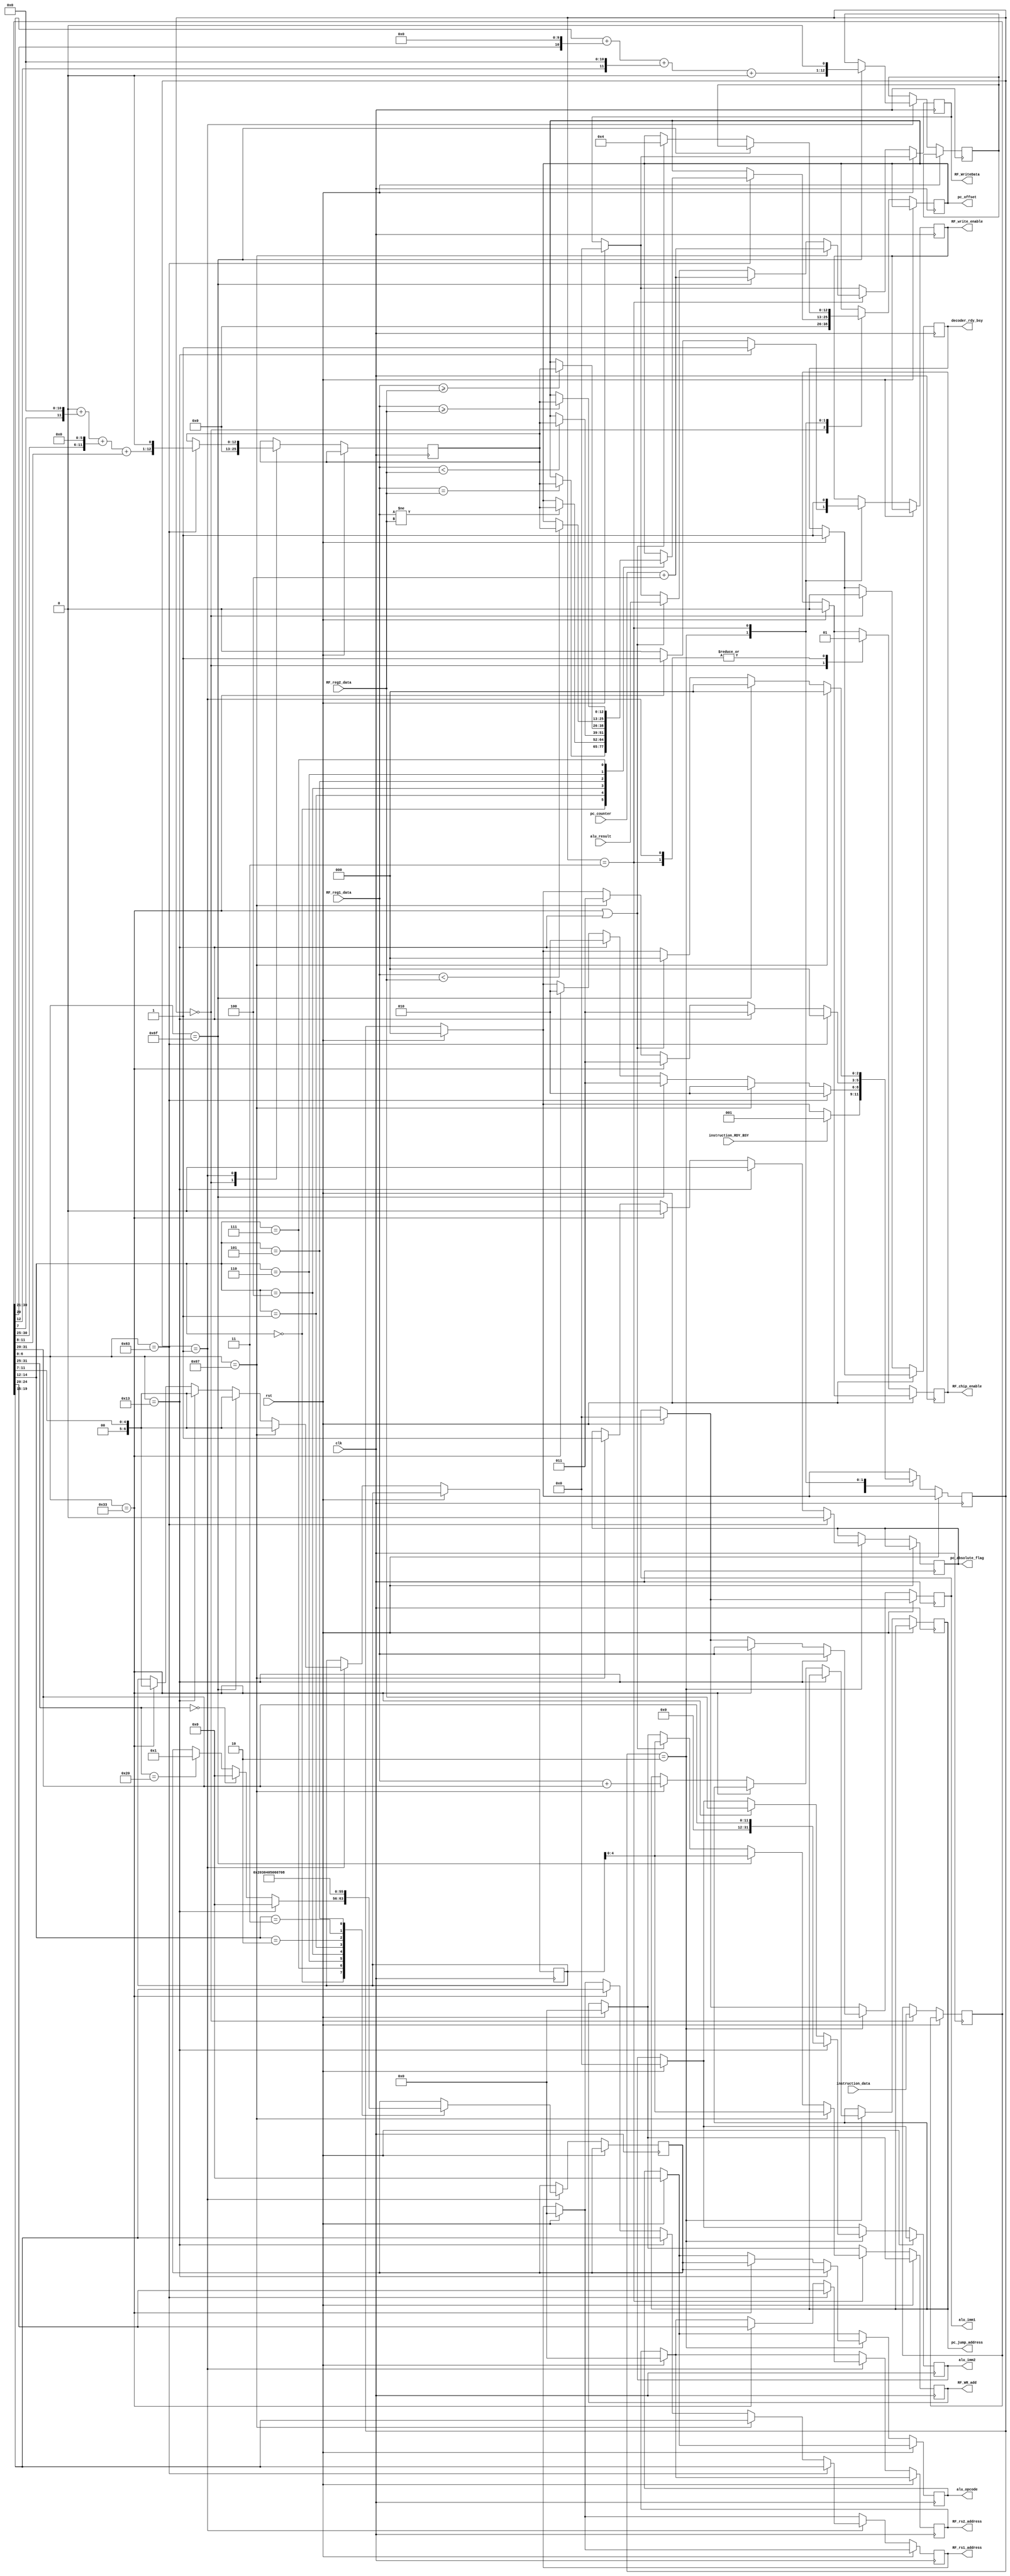
module decode (

    // Clock & Reset 
    input rst, clk,

    // Instructions decoder input-port  
    input [31:0] instruction_data,
    input instruction_RDY_BSY , // 1: Ready , 0:Busy
    output reg decoder_rdy_bsy,
    
    // ALU input-port 
    input [31:0] alu_result,
    output reg [7:0] alu_opcode,
    output reg [31:0] alu_imm1,
    output reg [31:0] alu_imm2,
        
    // REG-FILE
    output reg        RF_chip_enable,
    output reg        RF_write_enable,   // 1: write / 0: Read 
    input [31:0]      RF_reg1_data,
    input [31:0]      RF_reg2_data,   

    output reg [4:0]  RF_rs1_address,
    output reg [4:0]  RF_rs2_address,
    output reg [4:0]  RF_WR_add,
    output reg [31:0] RF_WriteData, 

    //PC
    input [31:0] pc_counter,
    output reg [12:0] pc_offset,
    output reg [31:0] pc_jump_address,
    output reg pc_absolute_flag
);

parameter IDLE_STATE                  = 3'b000;
parameter DECODE_STATE                = 3'b001;
parameter REGFILE_READ_SRC_REGS_STATE = 3'b010;
parameter REGFILE_WRITE              = 3'b011;

reg [2:0] state ;

parameter R_TYPE_OP = 7'b0110011;
parameter I_TYPE_OP = 7'b0010011;
parameter J_TYPE_OP = 7'b1101111;
parameter JALR_TYPE_OP = 7'b1100111;
parameter B_TYPE_OP = 7'b1100011;
parameter S_TYPE_OP = 7'b0100011;
parameter L_TYPE_OP = 7'b0000011;


parameter ADD = 3'b000;  //ADD performs the addition of rs1 and rs2. Overflows are ignored and the low XLEN bits of results are written to rd.
parameter SUB = 3'b000; //SUB performs the subtraction of rs1 and rs2. Overflows are ignored and the low XLEN bits of results are written to rd.
parameter AND = 3'b111;
parameter OR = 3'b110;
parameter SLL = 3'b001; //SLL perform logical (aka unsigned) left shift on the value in rs1 by the shift amount held in the lower 5 bits of rs2.
parameter SLT = 3'b010; //SLT performs signed compare between rs1 and rs2, writing 1 to rd if rs1 < rs2, 0 otherwise.
parameter SLTU = 3'b011;
parameter SRA = 3'b101; //SRA perform arithmetic (aka signed) right shift on the value in reg rs1 by the shift amount held in the lower 5 bits of reg rs2.
parameter SRL = 3'b101; //SRL perform logical (aka unsigned) right shift on the value in rs1 by the shift amount held in the lower 5 bits of rs2.
parameter XOR = 3'b100; //XOR performs bitwise exclusive or on rs1 and 'rs2' and the result is written to 'rd'.

parameter BEQ = 3'b000;
parameter BNE = 3'b001;
parameter BLT = 3'b100;
parameter BGE = 3'b101;
parameter BLTU = 3'b110;
parameter BGEU = 3'b111;


reg [7:0] opcode_alu;
reg [6:0] rd_add_rf;
reg [31:0] cycle_counter;
reg [31:0] instr_counter;
reg [31:0] instruction; 
reg [31:0] alu_result_latch;
reg [12:0] b_type_immidiate;
reg [12:0] j_type_immediate;
 
always@ (posedge clk)
begin
    cycle_counter = cycle_counter + 1;
    if (rst == 1)
      begin 
        cycle_counter <= 0;
        alu_imm1    <= 0;
        alu_imm2    <= 0;
        alu_opcode  <= 0;
        RF_rs1_address <= 0;
        RF_rs2_address <= 0;
        RF_write_enable <= 0; 
        RF_WR_add <= 0;//?
        RF_WriteData <= 0;//?
        RF_chip_enable  <= 0; 
        
        cycle_counter <= 0 ;
        instr_counter <= 0 ;
        decoder_rdy_bsy<= 1 ; 
        
        state <= IDLE_STATE ; 
    end
    
    if (!rst)
      begin        
        case(state)
          IDLE_STATE:
            begin 
              if (instruction_RDY_BSY) //posedge RDY_BSY//
                state <= DECODE_STATE;
                instruction <= instruction_data;
                instr_counter <= instr_counter + 1 ;
                decoder_rdy_bsy  <= 0 ; 
                RF_chip_enable <= 0; 
                pc_offset <= 0;
                b_type_immidiate <=0;
            end
        
          DECODE_STATE:
            begin

              RF_chip_enable <= 1;   

              case(instruction[14:12])
                ADD:
                  begin
                    if (instruction[6:0] == I_TYPE_OP)      opcode_alu <= 7'b000;
                    else if (instruction[31:25] == 0)            opcode_alu <= 7'b000;
                    else if (instruction[31:25] == 7'b0100000)  opcode_alu <= 7'b001;
                  end
                AND:  opcode_alu <= 7'b010;
                OR:   opcode_alu <= 7'b011;                            
                XOR:  opcode_alu <= 7'b100; 
                SLL:  opcode_alu <= 7'b101;
                SLT:  opcode_alu <= 7'b110; 
                SLTU: opcode_alu <= 7'b111; 
                SRA:  opcode_alu <= 7'b1000;
                SRL:  opcode_alu <= 7'b1001;                                                        
             endcase                        
             
             if (instruction[6:0] == R_TYPE_OP)
               begin
                 rd_add_rf <= instruction[11:7];
                 RF_rs1_address <= instruction[19:15];
                 RF_rs2_address <= instruction[24:20];
                 state <= REGFILE_READ_SRC_REGS_STATE;      
               end
             
             if (instruction[6:0] == I_TYPE_OP)
               begin
                 rd_add_rf <= instruction[11:7];
                 RF_rs1_address <= instruction[19:15];
                 state <= REGFILE_READ_SRC_REGS_STATE;
               end  

             if (instruction[6:0] == J_TYPE_OP)
               begin
                 rd_add_rf <= instruction[11:7];
                 state <= REGFILE_WRITE; 
                 j_type_immediate <= (((instruction[30:21]) + (instruction[20]<<10) + (instruction[19:12]<<11) + (instruction[31]<<20))<< 1);  
               end                         

             if (instruction[6:0] == JALR_TYPE_OP)
               begin
                 rd_add_rf <= instruction[11:7];
                 RF_rs1_address <= instruction[19:15];
                 state <= REGFILE_READ_SRC_REGS_STATE;
               end

             if (instruction[6:0] == B_TYPE_OP)
               begin
                 RF_rs1_address <= instruction[19:15];
                 RF_rs2_address <= instruction[24:20];
                 state <= REGFILE_READ_SRC_REGS_STATE;
                 b_type_immidiate <= (((instruction[31]<<12) + (instruction[7]<<11) + (instruction[30:25]<<6) + (instruction[11:8])) << 1);
               end                           
            end

          REGFILE_READ_SRC_REGS_STATE:
            begin
              
              RF_write_enable = 0 ;  // Prepare for read 
              //RF_chip_enable <= 1;
              if (instruction[6:0] == I_TYPE_OP)
                begin
                  alu_imm1 <= RF_reg1_data;
                  alu_imm2 <= instruction[31:20];
                  alu_opcode <= opcode_alu;               
                  RF_write_enable <= 1;
                  pc_absolute_flag <= 0;
                  //pc_offset <= 4;
                  state <= REGFILE_WRITE;
                end

              else if (instruction[6:0] == R_TYPE_OP)
                begin
                  alu_imm1 <= RF_reg1_data;
                  alu_imm2 <= RF_reg2_data;
                  alu_opcode <= opcode_alu;                 
                  RF_write_enable <= 1;
                  pc_absolute_flag <= 0;
                  //pc_offset <= 4;
                  state <= REGFILE_WRITE;
                end

              else if (instruction[6:0] == JALR_TYPE_OP)
                begin                  
                  pc_jump_address <= RF_reg1_data + instruction[31:20];                   
                  pc_absolute_flag <= 1;
                  state <= REGFILE_WRITE;
                end
              

              if (instruction[6:0] == B_TYPE_OP)
                begin
                  
                  case(instruction[14:12])
                    BEQ : if (RF_reg1_data == RF_reg2_data) pc_offset <= b_type_immidiate;//((instruction[31]<<12 + instruction[7]<<11 + instruction[30:25]<<6 + instruction[11:8]) << 1);
                    BNE : if (RF_reg1_data != RF_reg2_data) pc_offset <= b_type_immidiate;
                    BLT : if ($signed(RF_reg1_data) < $signed(RF_reg2_data)) pc_offset <= b_type_immidiate;
                    BGE : if ($signed(RF_reg1_data) >= $signed(RF_reg2_data)) pc_offset <= b_type_immidiate;
                    BLTU : if (RF_reg1_data < RF_reg2_data) pc_offset <= b_type_immidiate;
                    BGEU : if (RF_reg1_data >= RF_reg2_data) pc_offset <= b_type_immidiate;                                  
                  endcase
                  pc_absolute_flag <= 0;
                  state <= IDLE_STATE;           
                end             
                                            
            end 
            
          //ALU_GET_RESULT: 
            //begin 
              //RF_WriteData <= alu_result;
              //RF_WR_add    <= rd_add_rf;
              //RF_write_enable <= 1 ;
              //RF_chip_enable  <= 1;
             // state <= REGFILE_WRITE ; 
          //  end

          REGFILE_WRITE:
              begin
                //RF_WR_add <= rd_add_rf;
                RF_write_enable = 1 ; //prepare for write               
                RF_chip_enable  <= 1;

                if ((instruction[6:0] == R_TYPE_OP) | (instruction[6:0] == I_TYPE_OP))
                  begin                    
                    RF_WR_add <= rd_add_rf;
                    RF_WriteData <= alu_result;
                    pc_offset <= 4;
                    state <= IDLE_STATE;
                  end
                
                if (instruction[6:0] == J_TYPE_OP)
                  begin                    
                    RF_WR_add <= rd_add_rf;
                    RF_WriteData <= pc_counter + 4;
                    pc_offset <= j_type_immediate; 
                    state <= IDLE_STATE;
                  end
                
                if (instruction[6:0] == JALR_TYPE_OP)
                  begin
                    RF_WR_add <= rd_add_rf;
                    RF_WriteData <= pc_counter + 4;
                    state <= IDLE_STATE;
                  end               

              end
        endcase        
    end   
end
endmodule /* Module end */